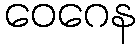
ဝေဂေန